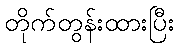
တိုက်တွန်းထားပြီး